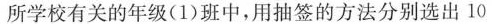
所学校有关的年级(1)班中，用抽签的方法分别选出10